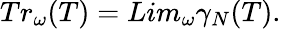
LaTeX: Tr_{\omega}(T)=Lim_{\omega}{\gamma}_{N}(T).